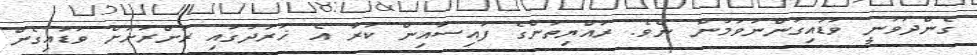
ގެންދަވަނީ ވަޑައިގަންނަވަމުން ނެވެ. ރައްޔިތުންގެ ފައިސާއިން ކުރާ އެ ޚަރަދުގައި ރަށްރަށަށް ވަޑައިގެން